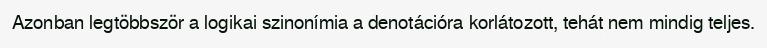
Azonban legtöbbször a logikai szinonímia a denotációra korlátozott, tehát nem mindig teljes.